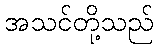
အသင်တို့သည်